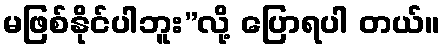
မဖြစ်နိုင်ပါဘူး”လို့ ပြောရပါ တယ်။